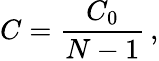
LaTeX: C=\frac{C_{0}}{N-1}\, ,